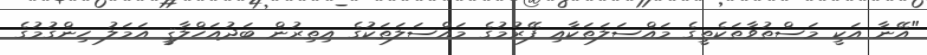
"އޭނާ އަކީ މަސްތުވާތަކެތީގެ މައްސަލަތަކާއި ފޭރުމުގެ މައްސަލަތަކުގެ އިތިރުން ބަދުއަހްލާޤީ އަމަލު ހިންގުމުގެ